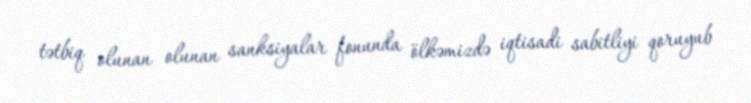
tətbiq olunan olunan sanksiyalar fonunda ölkəmizdə iqtisadi sabitliyi qoruyub